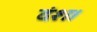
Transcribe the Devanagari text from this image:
दंश।